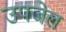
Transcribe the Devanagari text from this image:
उपजेल